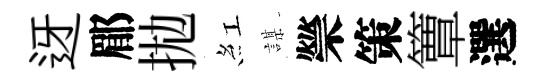
迓郿拋紅謀禜策簟選